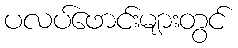
ပလပ်ဖောင်းများတွင်